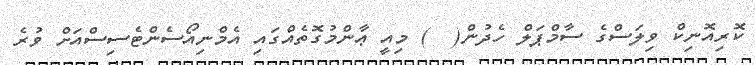
ކޮރިއޮނިކް ވިލަސްގެ ސާމްޕަލް ހެދުން(  ) މިއީ ޢާންމުގޮތެއްގައި އެމްނިއޯސެންޓެސިސްއަށް ވުރެ